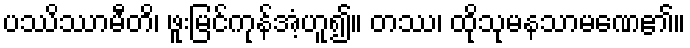
ပဿိဿာမီတိ၊ ဖူးမြင်ကုန်အံ့ဟူ၍။ တဿ၊ ထိုသုမနသာမဏေ၏။